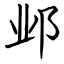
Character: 邺